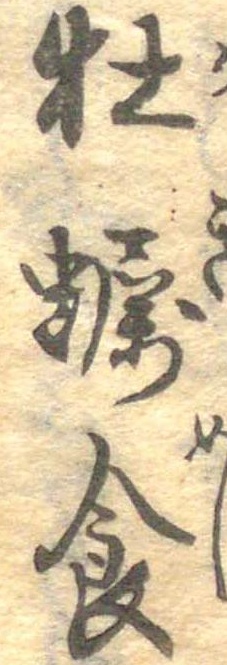
牡蛎食